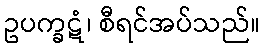
ဥပက္ခဋံ၊ စီရင်အပ်သည်။